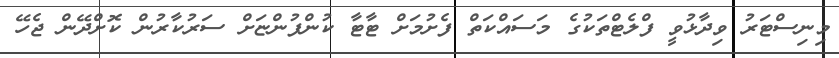
މިނިސްޓަރު ވިދާޅުވީ ފްލެޓްތަކުގެ މަސައްކަތް ފެށުމަށް ޓާޓާ ކުންފުންޏަށް ސަރުކާރުން ކޮށްދޭން ޖެހޭ